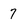
Character: 7